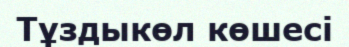
Тұздыкөл көшесі